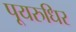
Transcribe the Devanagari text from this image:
पूयरुधिर